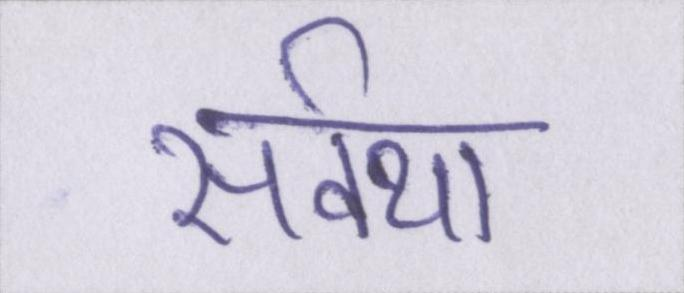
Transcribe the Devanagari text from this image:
सर्वथा